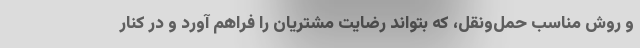
و روش مناسب حمل‌ونقل، که بتواند رضایت مشتریان را فراهم آورد و در کنار